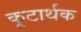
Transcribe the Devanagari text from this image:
कूटार्थक